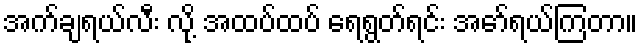
အက်ချရယ်လီး လို့ အထပ်ထပ် ရေရွတ်ရင်း အော်ရယ်ကြတာ။